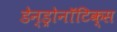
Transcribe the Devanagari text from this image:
डेन्ड्रोनॉटिक्स